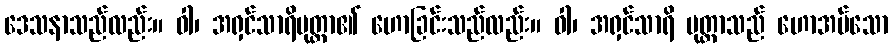
ဒေသနာသည်လည်း။ ဝါ၊ အရှင်သာရိပုတ္တာ၏ ဟောခြင်းသည်လည်း။ ဝါ၊ အရှင်သာရိ ပုတ္တာသည် ဟောအပ်သော